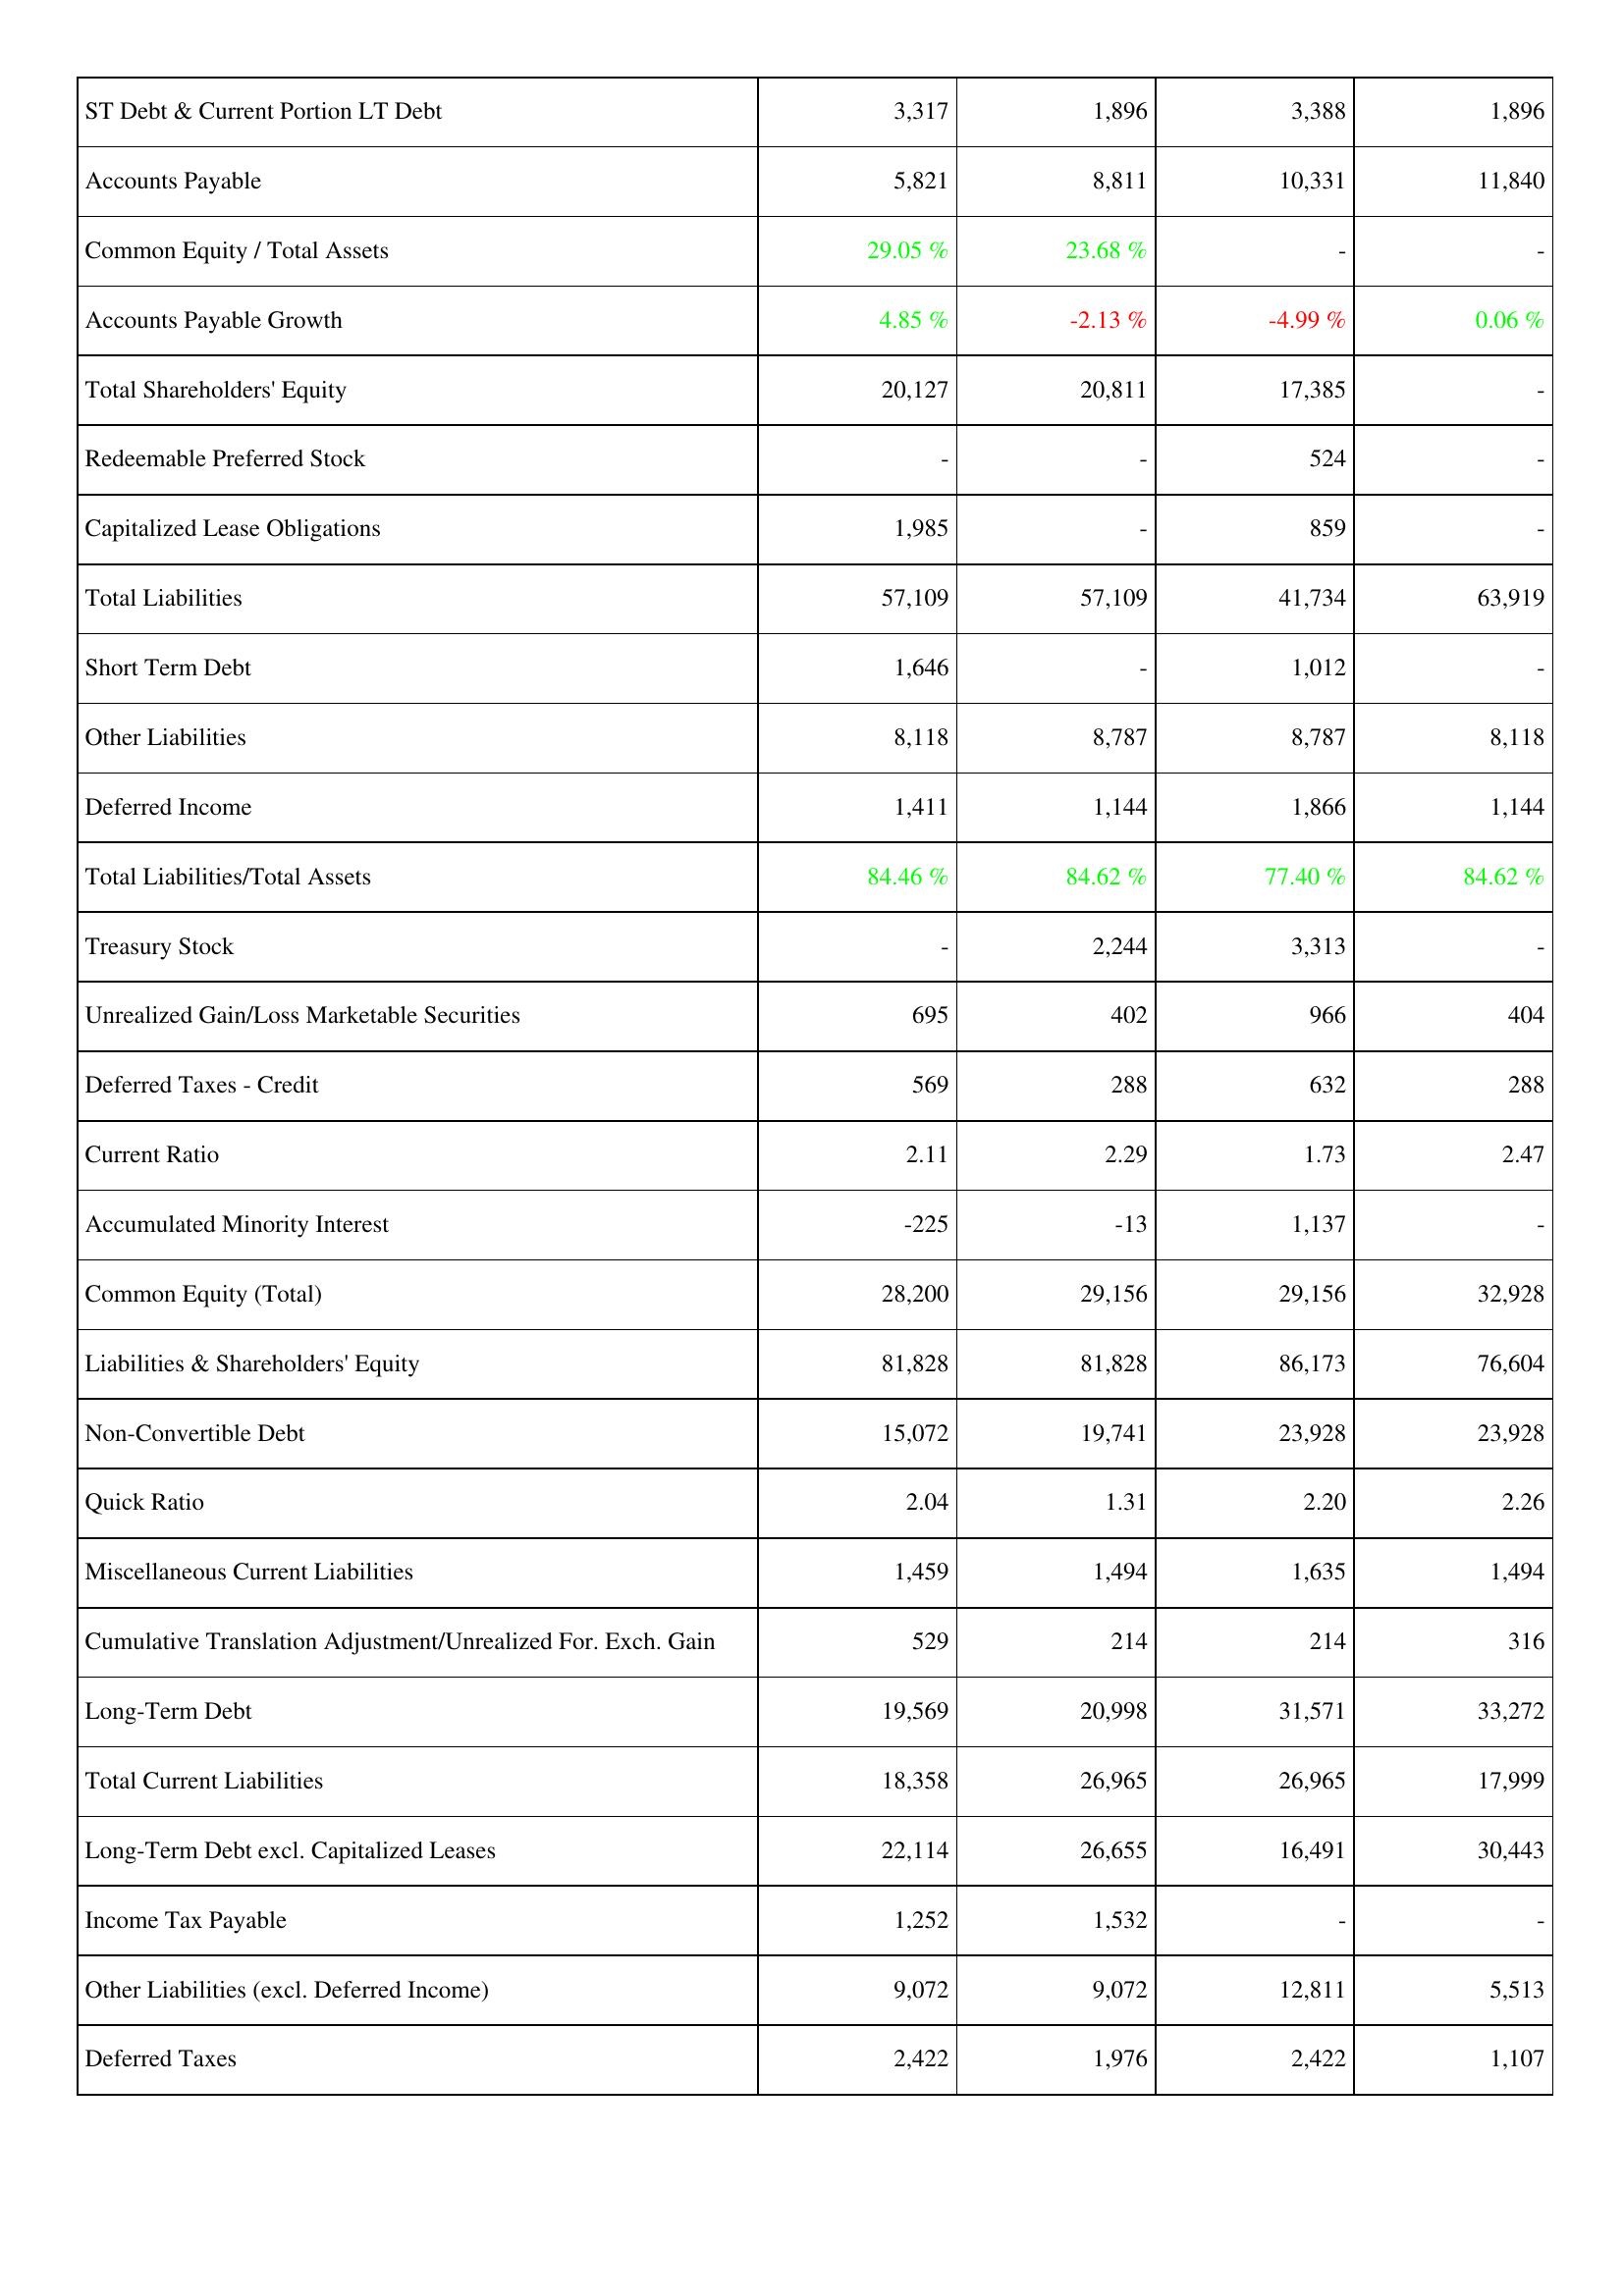
2012: Liabilities & Shareholders' Equity: ST Debt & Current Portion LT Debt: 3,317
Accounts Payable: 5,821
Common Equity / Total Assets: 29.05 %
Accounts Payable Growth: 4.85 %
Total Shareholders' Equity: 20,127
Redeemable Preferred Stock: -
Capitalized Lease Obligations: 1,985
Total Liabilities: 57,109
Short Term Debt: 1,646
Other Liabilities: 8,118
Deferred Income: 1,411
Total Liabilities/Total Assets: 84.46 %
Treasury Stock: -
Unrealized Gain/Loss Marketable Securities: 695
Deferred Taxes - Credit: 569
Current Ratio: 2.11
Accumulated Minority Interest: -225
Common Equity (Total): 28,200
Liabilities & Shareholders' Equity: 81,828
Non-Convertible Debt: 15,072
Quick Ratio: 2.04
Miscellaneous Current Liabilities: 1,459
Cumulative Translation Adjustment/Unrealized For. Exch. Gain: 529
Long-Term Debt: 19,569
Total Current Liabilities: 18,358
Long-Term Debt excl. Capitalized Leases: 22,114
Income Tax Payable: 1,252
Other Liabilities (excl. Deferred Income): 9,072
Deferred Taxes: 2,422
2011: Liabilities & Shareholders' Equity: ST Debt & Current Portion LT Debt: 1,896
Accounts Payable: 8,811
Common Equity / Total Assets: 23.68 %
Accounts Payable Growth: -2.13 %
Total Shareholders' Equity: 20,811
Redeemable Preferred Stock: -
Capitalized Lease Obligations: -
Total Liabilities: 57,109
Short Term Debt: -
Other Liabilities: 8,787
Deferred Income: 1,144
Total Liabilities/Total Assets: 84.62 %
Treasury Stock: 2,244
Unrealized Gain/Loss Marketable Securities: 402
Deferred Taxes - Credit: 288
Current Ratio: 2.29
Accumulated Minority Interest: -13
Common Equity (Total): 29,156
Liabilities & Shareholders' Equity: 81,828
Non-Convertible Debt: 19,741
Quick Ratio: 1.31
Miscellaneous Current Liabilities: 1,494
Cumulative Translation Adjustment/Unrealized For. Exch. Gain: 214
Long-Term Debt: 20,998
Total Current Liabilities: 26,965
Long-Term Debt excl. Capitalized Leases: 26,655
Income Tax Payable: 1,532
Other Liabilities (excl. Deferred Income): 9,072
Deferred Taxes: 1,976
2010: Liabilities & Shareholders' Equity: ST Debt & Current Portion LT Debt: 3,388
Accounts Payable: 10,331
Common Equity / Total Assets: -
Accounts Payable Growth: -4.99 %
Total Shareholders' Equity: 17,385
Redeemable Preferred Stock: 524
Capitalized Lease Obligations: 859
Total Liabilities: 41,734
Short Term Debt: 1,012
Other Liabilities: 8,787
Deferred Income: 1,866
Total Liabilities/Total Assets: 77.40 %
Treasury Stock: 3,313
Unrealized Gain/Loss Marketable Securities: 966
Deferred Taxes - Credit: 632
Current Ratio: 1.73
Accumulated Minority Interest: 1,137
Common Equity (Total): 29,156
Liabilities & Shareholders' Equity: 86,173
Non-Convertible Debt: 23,928
Quick Ratio: 2.20
Miscellaneous Current Liabilities: 1,635
Cumulative Translation Adjustment/Unrealized For. Exch. Gain: 214
Long-Term Debt: 31,571
Total Current Liabilities: 26,965
Long-Term Debt excl. Capitalized Leases: 16,491
Income Tax Payable: -
Other Liabilities (excl. Deferred Income): 12,811
Deferred Taxes: 2,422
2009: Liabilities & Shareholders' Equity: ST Debt & Current Portion LT Debt: 1,896
Accounts Payable: 11,840
Common Equity / Total Assets: -
Accounts Payable Growth: 0.06 %
Total Shareholders' Equity: -
Redeemable Preferred Stock: -
Capitalized Lease Obligations: -
Total Liabilities: 63,919
Short Term Debt: -
Other Liabilities: 8,118
Deferred Income: 1,144
Total Liabilities/Total Assets: 84.62 %
Treasury Stock: -
Unrealized Gain/Loss Marketable Securities: 404
Deferred Taxes - Credit: 288
Current Ratio: 2.47
Accumulated Minority Interest: -
Common Equity (Total): 32,928
Liabilities & Shareholders' Equity: 76,604
Non-Convertible Debt: 23,928
Quick Ratio: 2.26
Miscellaneous Current Liabilities: 1,494
Cumulative Translation Adjustment/Unrealized For. Exch. Gain: 316
Long-Term Debt: 33,272
Total Current Liabilities: 17,999
Long-Term Debt excl. Capitalized Leases: 30,443
Income Tax Payable: -
Other Liabilities (excl. Deferred Income): 5,513
Deferred Taxes: 1,107